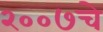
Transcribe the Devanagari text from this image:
२००७चे